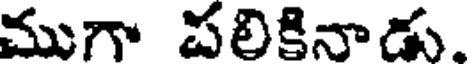
ముగా పలికినాడు.